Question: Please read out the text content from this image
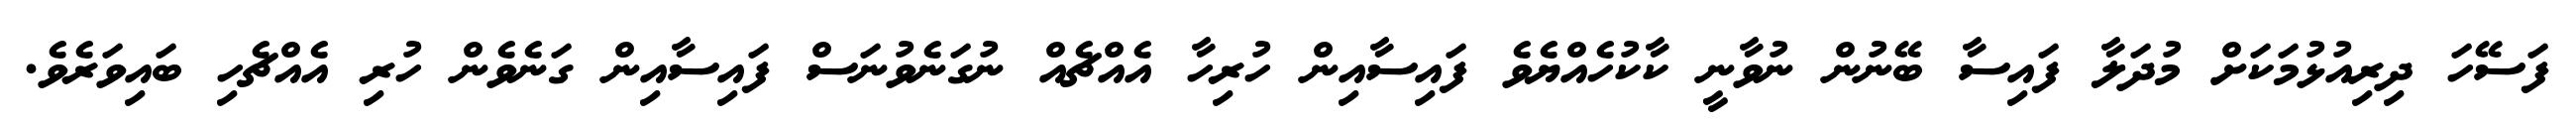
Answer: ފަސޭހަ ދިރިއުޅުމަކަށް މުދަލާ ފައިސާ ބޭނުން ނުވާނީ ކާކުހެއްޔެވެ ފައިސާއިން ހުރިހާ އެއްޗެއް ނުގަނެވުނަސް ފައިސާއިން ގަނެވެން ހުރި އެއްޗެހި ބައިވަރެވެ.